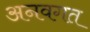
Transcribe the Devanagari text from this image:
अनवगत